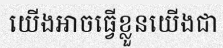
យើងអាចធ្វើខ្លួនយើងជា